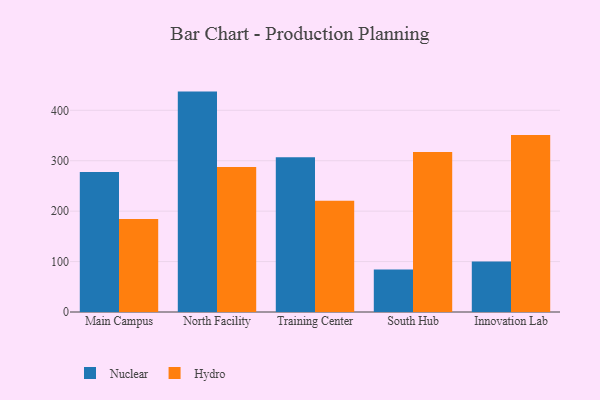
{"axis": {"x": "Campus", "y": "Budget (USD K)"}, "legend": ["Hydro", "Nuclear"], "data": [{"x": "Main Campus", "y": 277.5, "type": "Nuclear"}, {"x": "Main Campus", "y": 184.6, "type": "Hydro"}, {"x": "North Facility", "y": 437.1, "type": "Nuclear"}, {"x": "North Facility", "y": 287.4, "type": "Hydro"}, {"x": "Training Center", "y": 307.0, "type": "Nuclear"}, {"x": "Training Center", "y": 220.6, "type": "Hydro"}, {"x": "South Hub", "y": 84.4, "type": "Nuclear"}, {"x": "South Hub", "y": 317.2, "type": "Hydro"}, {"x": "Innovation Lab", "y": 100.3, "type": "Nuclear"}, {"x": "Innovation Lab", "y": 350.8, "type": "Hydro"}]}